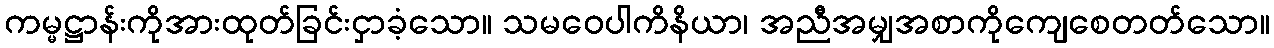
ကမ္မဋ္ဌာန်းကိုအားထုတ်ခြင်းငှာခံ့သော။ သမဝေပါကိနိယာ၊ အညီအမျှအစာကိုကျေစေတတ်သော။